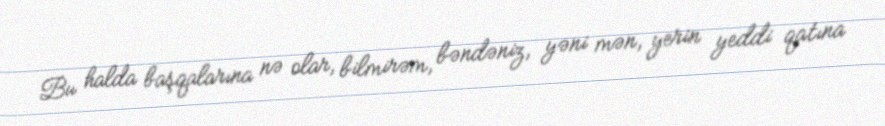
Bu halda başqalarına nə olar, bilmirəm, bəndəniz, yəni mən, yerin yeddi qatına